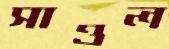
সাওল